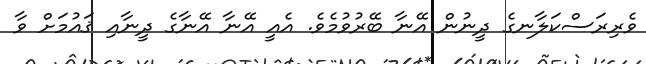
ވެރިރަސްކަލާނގެ ދީނުން އޭނާ ބޭރުވުމެވެ. އެއީ އޭނާ އޭނާގެ ދީނާއި ޤައުމަށް ވާ